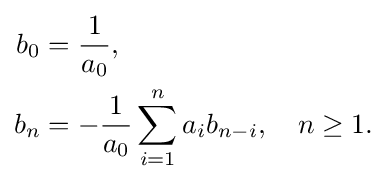
{\begin{aligned}b_{0}&={\frac {1}{a_{0}}},\\b_{n}&=-{\frac {1}{a_{0}}}\sum _{i=1}^{n}a_{i}b_{n-i},\ \ \ n\geq 1.\end{aligned}}